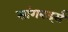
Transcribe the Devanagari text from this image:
सांगबर्ड्स